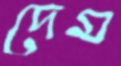
দেম